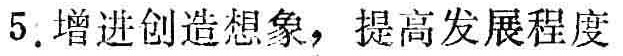
5. 增进创造想象，提高发展程度